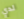
لدي